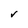
Character: r